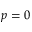
p = 0